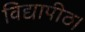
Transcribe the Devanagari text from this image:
विद्यापीठ।